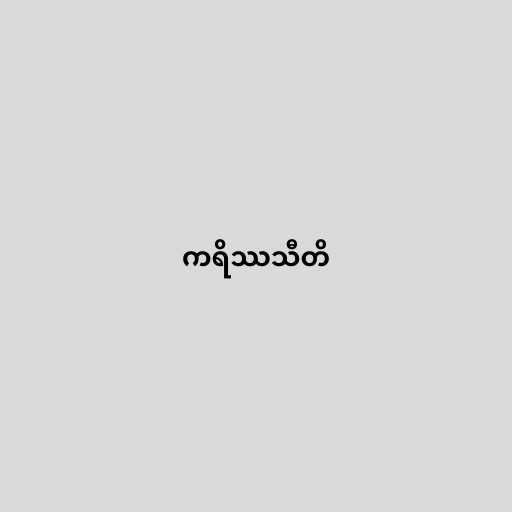
ကရိဿသီတိ